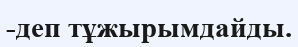
-деп тұжырымдайды.